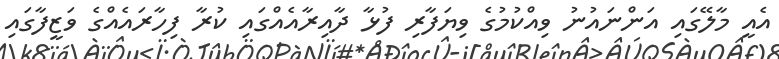
އެއީ މާލޭގައި އަންނައުނު ވިއްކުމުގެ ވިޔަފާރި ފުޅާ ދާއިރާއެއްގައި ކުރާ ފިހާރައެއްގެ ވަޒީފާގައި